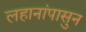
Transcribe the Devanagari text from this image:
लहानांपासुन